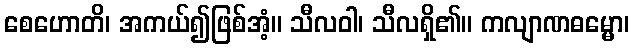
စေဟောတိ၊ အကယ်၍ဖြစ်အံ့။ သီလဝါ၊ သီလရှိ၏။ ကလျာဏဓမ္မော၊